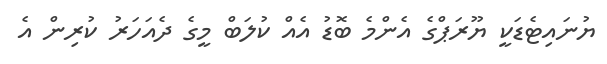
ޔުނައިޓެޑަކީ ޔޫރަޕްގެ އެންމެ ބޮޑު އެއް ކުލަބް މީގެ ދެއަހަރު ކުރިން އެ